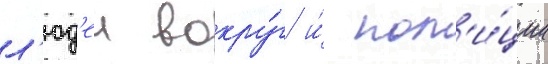
л'юд'еи вокру́г и́ пол'и́ции